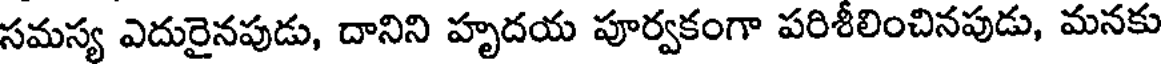
సమస్య ఎదురైనపుడు, దానిని హృదయ పూర్వకంగా పరిశీలించినపుడు, మనకు